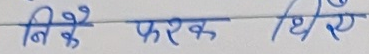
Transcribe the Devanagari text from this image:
निकै फरक धिए